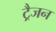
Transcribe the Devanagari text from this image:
ट्रैजन